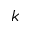
k